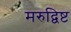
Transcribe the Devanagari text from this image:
मरुद्विष्ट